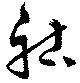
祜